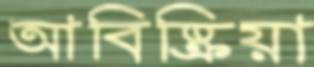
আবিষ্ক্রিয়া